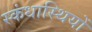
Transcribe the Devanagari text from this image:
स्कंधास्थियों